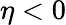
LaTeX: \eta<0